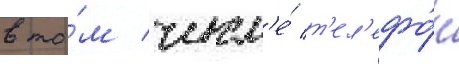
в то́м числ'е́ т'ел'ефо́н